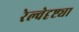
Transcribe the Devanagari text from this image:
रेल्वेदृष्ट्या